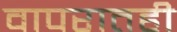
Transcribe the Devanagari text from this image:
वापरातही